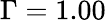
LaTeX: \Gamma=1.00